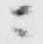
ニ